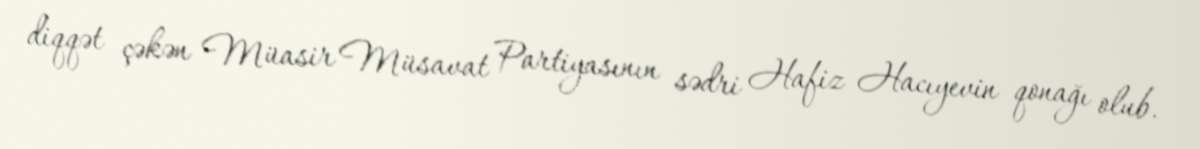
diqqət çəkən Müasir Müsavat Partiyasının sədri Hafiz Hacıyevin qonağı olub.